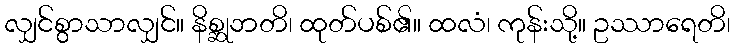
လျှင်စွာသာလျှင်။ နိစ္ဆုဘတိ၊ ထုတ်ပစ်၏။ ထလံ၊ ကုန်းသို့။ ဥဿာရေတိ၊